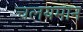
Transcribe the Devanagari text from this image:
चलयमान